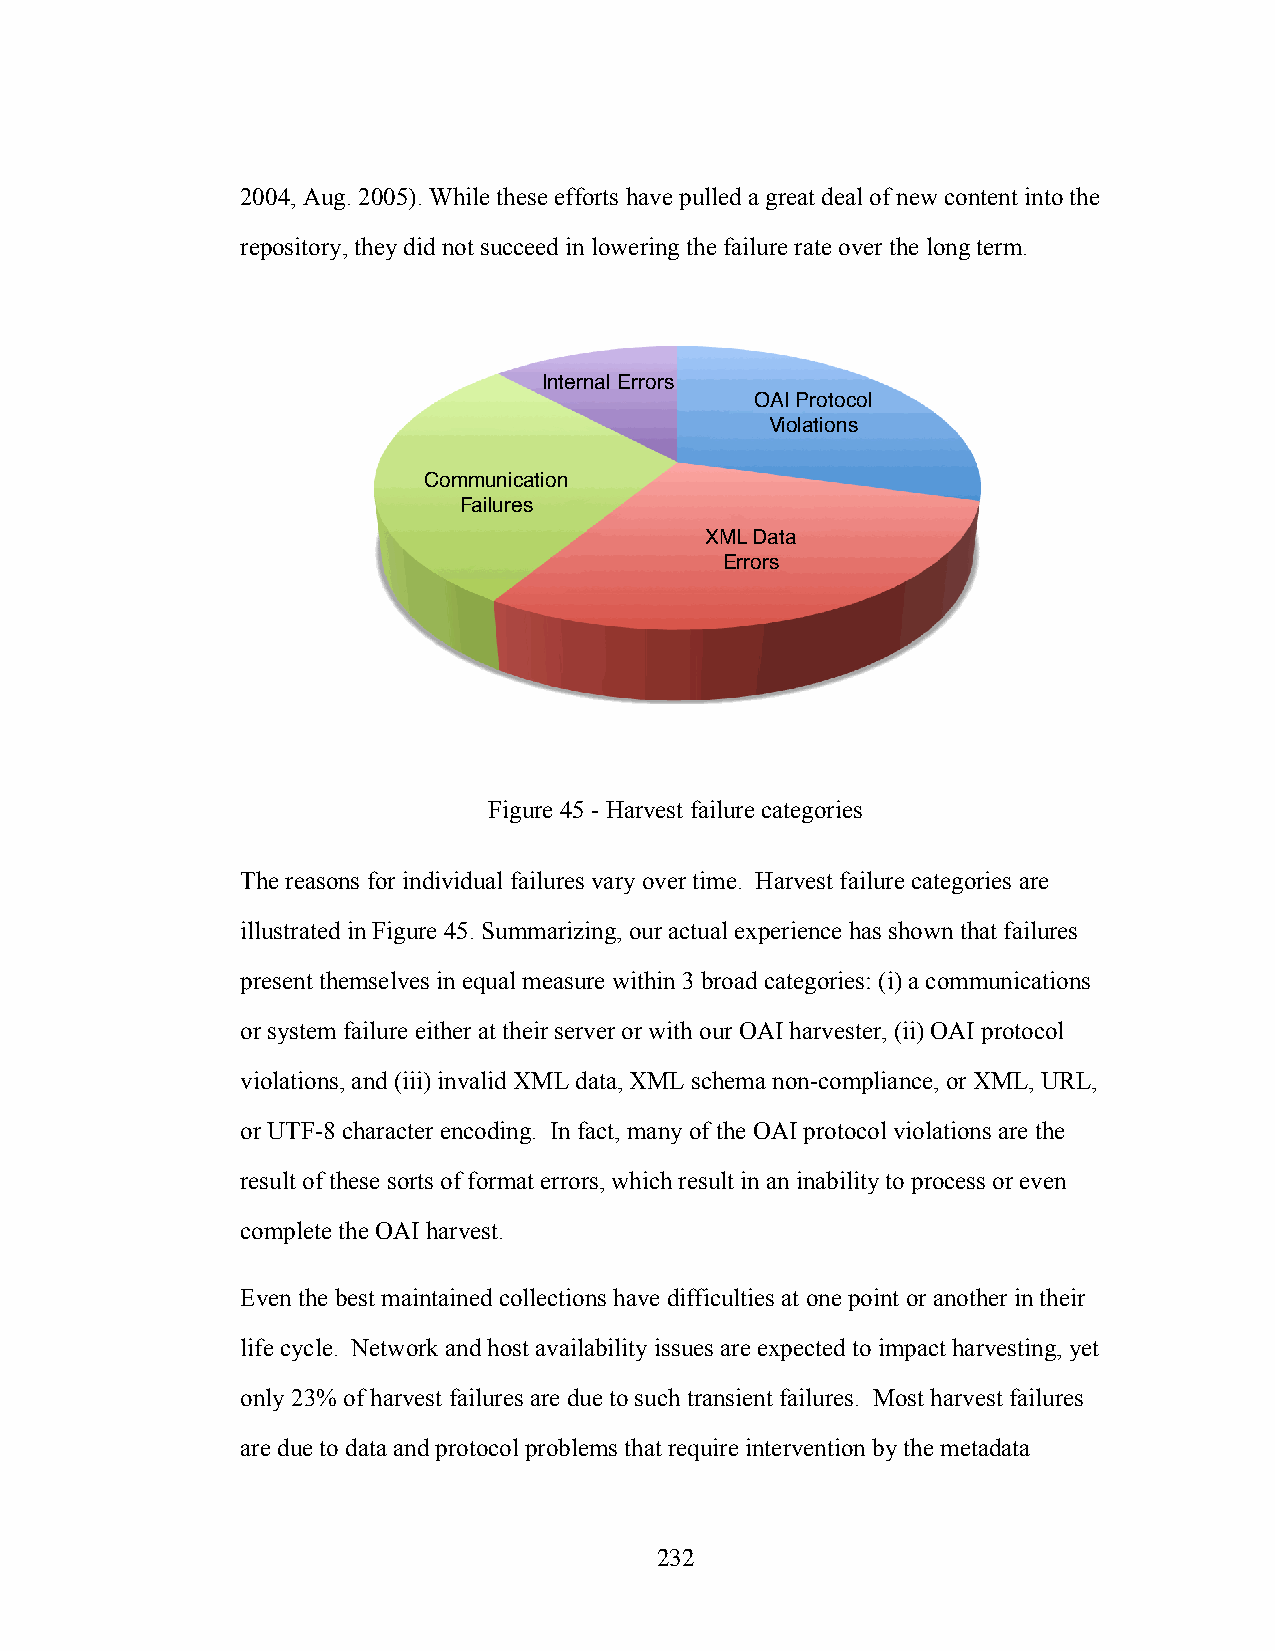
2004, Aug. 2005). While these efforts have pulled a great deal of new content into the
 repository, they did not succeed in lowering the failure rate over the long term.
 Internal Errors!
 OAI Protocol
 Violations!
 Communication !
 Failures!
 XML Data
 Errors!
 Figure 45 - Harvest failure categories
 The reasons for individual failures vary over time. Harvest failure categories are
 illustrated in Figure 45. Summarizing, our actual experience has shown that failures
 present themselves in equal measure within 3 broad categories: (i) a communications
 or system failure either at their server or with our OAI harvester, (ii) OAI protocol
 violations, and (iii) invalid XML data, XML schema non-compliance, or XML, URL,
 or UTF-8 character encoding. In fact, many of the OAI protocol violations are the
 result of these sorts of format errors, which result in an inability to process or even
 complete the OAI harvest.
 Even the best maintained collections have difficulties at one point or another in their
 life cycle. Network and host availability issues are expected to impact harvesting, yet
 only 23% of harvest failures are due to such transient failures. Most harvest failures
 are due to data and protocol problems that require intervention by the metadata
 232